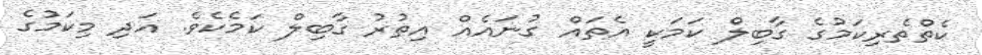
ކެތްތެރިކަމުގެ ގާބިލް ކަމަކީ އެތައް ގުނައެއް އިތުރު ގާބިލް ކަމެކެވެ. އަދި މިކަމުގެ